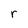
Character: r